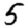
Digit: 5